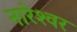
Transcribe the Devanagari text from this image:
नारेश्‍वर